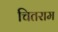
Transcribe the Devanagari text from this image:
चितराम